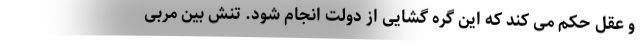
و عقل حکم می کند که این گره گشایی از دولت انجام شود. تنش بین مربی